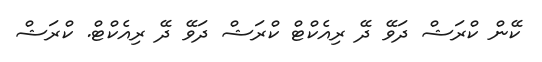
ކޭން ކްރަޝް ދަވޭ ދޭ ރިއެކްޓް ކްރަޝް ދަވޭ ދޭ ރިއެކްޓް. ކްރަޝް